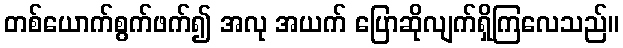
တစ်ယောက်စွက်ဖက်၍ အလု အယက် ပြောဆိုလျက်ရှိကြလေသည်။